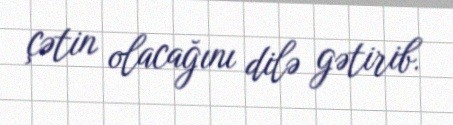
çətin olacağını dilə gətirib.